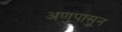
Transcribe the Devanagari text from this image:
अणुपासून